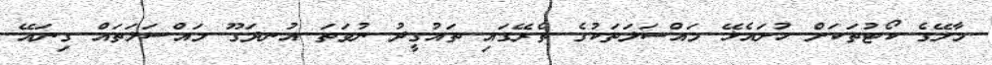
މާލޭގެ ކޯޓުތަކަށް ހުށައެޅޭ މައްސަލަތަކުގެ ތެރޭގައި ތައުގީދު ނުވަތަ އުނދަގޫ މައްސަލަތައް ގިނައޭ